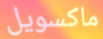
ماكسويل